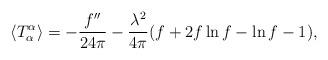
LaTeX: \begin{align*}\langle T^\alpha_\alpha \rangle = - { f'' \over 24 \pi} - {\lambda^2 \over 4 \pi} ( f + 2 f \ln f -\ln f -1 ),\end{align*}